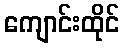
ကျောင်းထိုင်